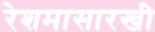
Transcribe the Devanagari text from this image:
रेशमासारखी